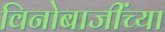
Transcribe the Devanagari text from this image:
विनोबाजींच्या